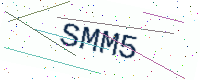
Text: SMM5